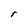
Character: r